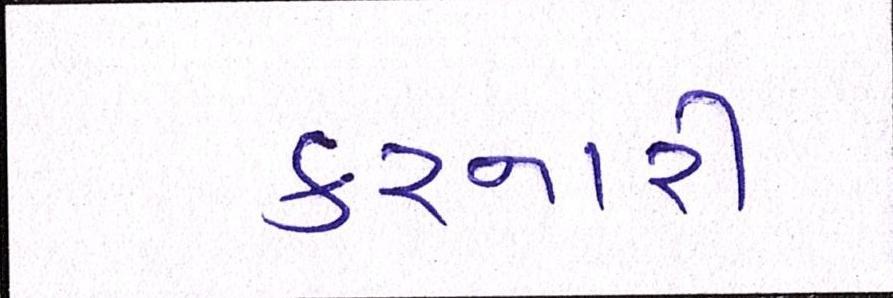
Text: કરનારી